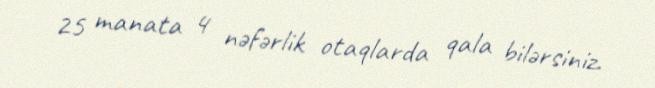
25 manata 4 nəfərlik otaqlarda qala bilərsiniz.